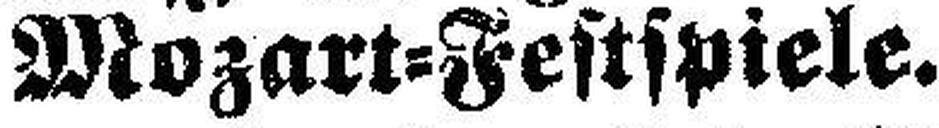
Mozart=Festspiele.